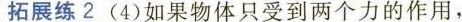
拓展练2(4)如果物体只受到两个力的作用，